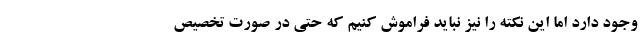
وجود دارد اما این نکته را نیز نباید فراموش کنیم که حتی در صورت تخصیص